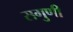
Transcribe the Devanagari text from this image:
सगुणी